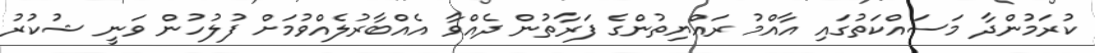
ކުރަމުންދާ މަސައްކަތުގައި އާއްމު ރައްޔިތުންގެ ފަރާތުން ދެއްވާ އެއްބާރުލެއްވުމަށް ފުލުހުން ވަނީ ޝުކުރު